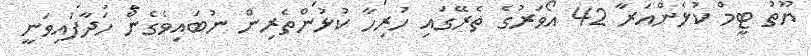
ޔޫތު ޓީމް ކުޅެންއަރާ 42 އޯވަރުގެ ތެރޭގައި ހުރިހާ ކުޅުންތެރިން ނުބައިވެގެން ހަދާފައިވަނީ